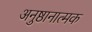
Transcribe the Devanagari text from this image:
अनुष्ठानात्मक